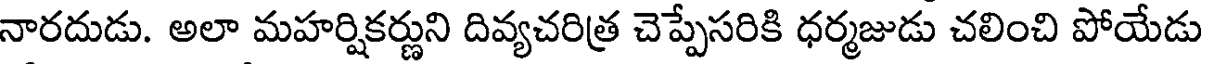
నారదుడు. అలా మహర్షికర్ణుని దివ్యచరిత్ర చెప్పేసరికి ధర్మజుడు చలించి పోయేడు